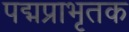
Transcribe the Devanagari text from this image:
पद्मप्राभृतक